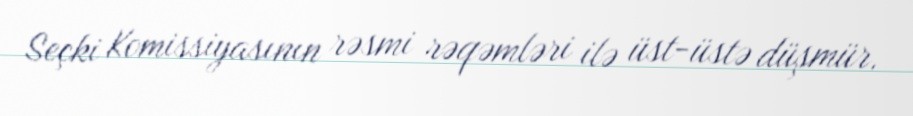
Seçki Komissiyasının rəsmi rəqəmləri ilə üst-üstə düşmür.